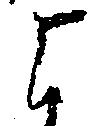
よ